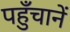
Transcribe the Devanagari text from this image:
पहुँचानें